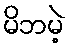
မိဘမဲ့